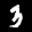
Label: 3